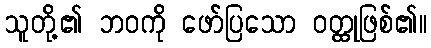
သူတို့၏ ဘဝကို ဖော်ပြသော ဝတ္ထုဖြစ်၏။